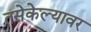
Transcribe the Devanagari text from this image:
तसेकेल्यावर